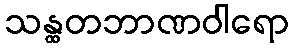
သန္ထတဘာဏဝါရော